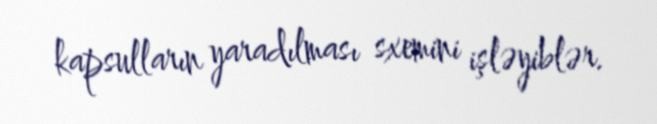
kapsulların yaradılması sxemini işləyiblər.